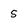
Character: 5